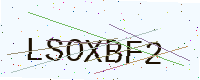
Text: LSOXBF2